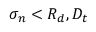
\sigma _ { n } < R _ { d } , D _ { t }